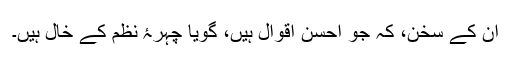
اُن کے سُخن، کہ جو احسنِ اقوال ہیں، گویا چہرۂ نظم کے خال ہیں۔